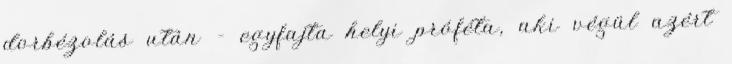
dorbézolás után – egyfajta helyi próféta, aki végül azért